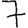
Digit: 7